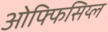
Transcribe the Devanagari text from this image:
ओफ्फिसिय्ल